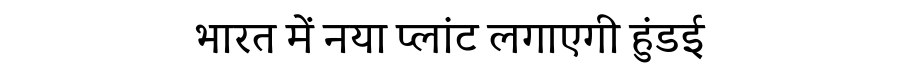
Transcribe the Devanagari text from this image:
भारत में नया प्लांट लगाएगी हुंडई